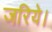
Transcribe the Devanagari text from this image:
जरिये।